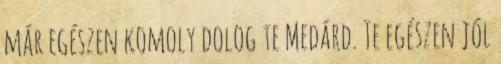
már egészen komoly dolog te Medárd. Te egészen jól